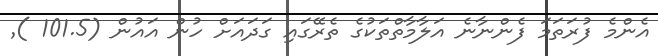
އެންމެ ފުރަތަމަ ފެންނާނެ އަލާމާތްތަކުގެ ތެރޭގައި ގަދައަށް ހުން އައުން (101.5 )